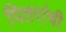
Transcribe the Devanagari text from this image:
पितरांची